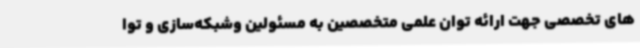
های تخصصی جهت ارائه توان علمی متخصصین به مسئولین وشبکه‌سازی و توا